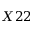
X 2 2